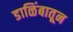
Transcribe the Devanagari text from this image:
डाळिंबातून